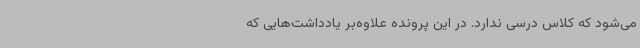
می‌شود که کلاس درسی ندارد. در این پرونده علاوه‌بر یادداشت‌هایی که